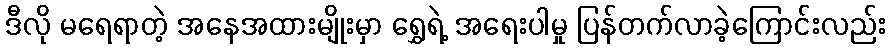
ဒီလို မရေရာတဲ့ အနေအထားမျိုးမှာ ရွှေရဲ့ အရေးပါမှု ပြန်တက်လာခဲ့ကြောင်းလည်း